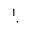
^ 1 ,